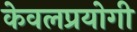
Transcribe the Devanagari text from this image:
केवलप्रयोगी